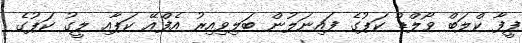
ފީފާ ކްލަބް ވޯލްޑް ކަޕުގެ ފައިނަލުން ބަލިވިއިރު އެފްއޭ ކަޕާއި ލީގު ކަޕުގެ